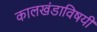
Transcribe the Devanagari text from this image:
कालखंडाविषयी